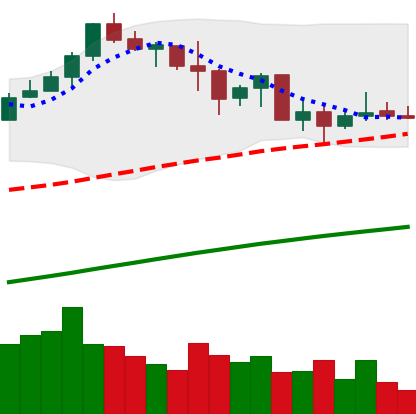
Ticker: BNB-USD
Chart end date: 2019-07-06
Forward return: -8.881%
Label: down_7plus